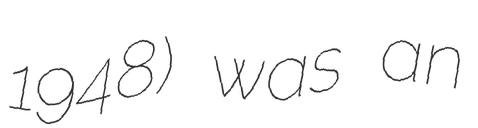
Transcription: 1948) was an